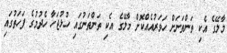
މާލޭގެ އެކި ތަންތަނަށް ހަވަރުއެއްކޮށް މާލޭގެ އެކި ތަންތަނުގައި ހުޅުޖަހާ ހެދުމުގެ ފަހަތުގައި